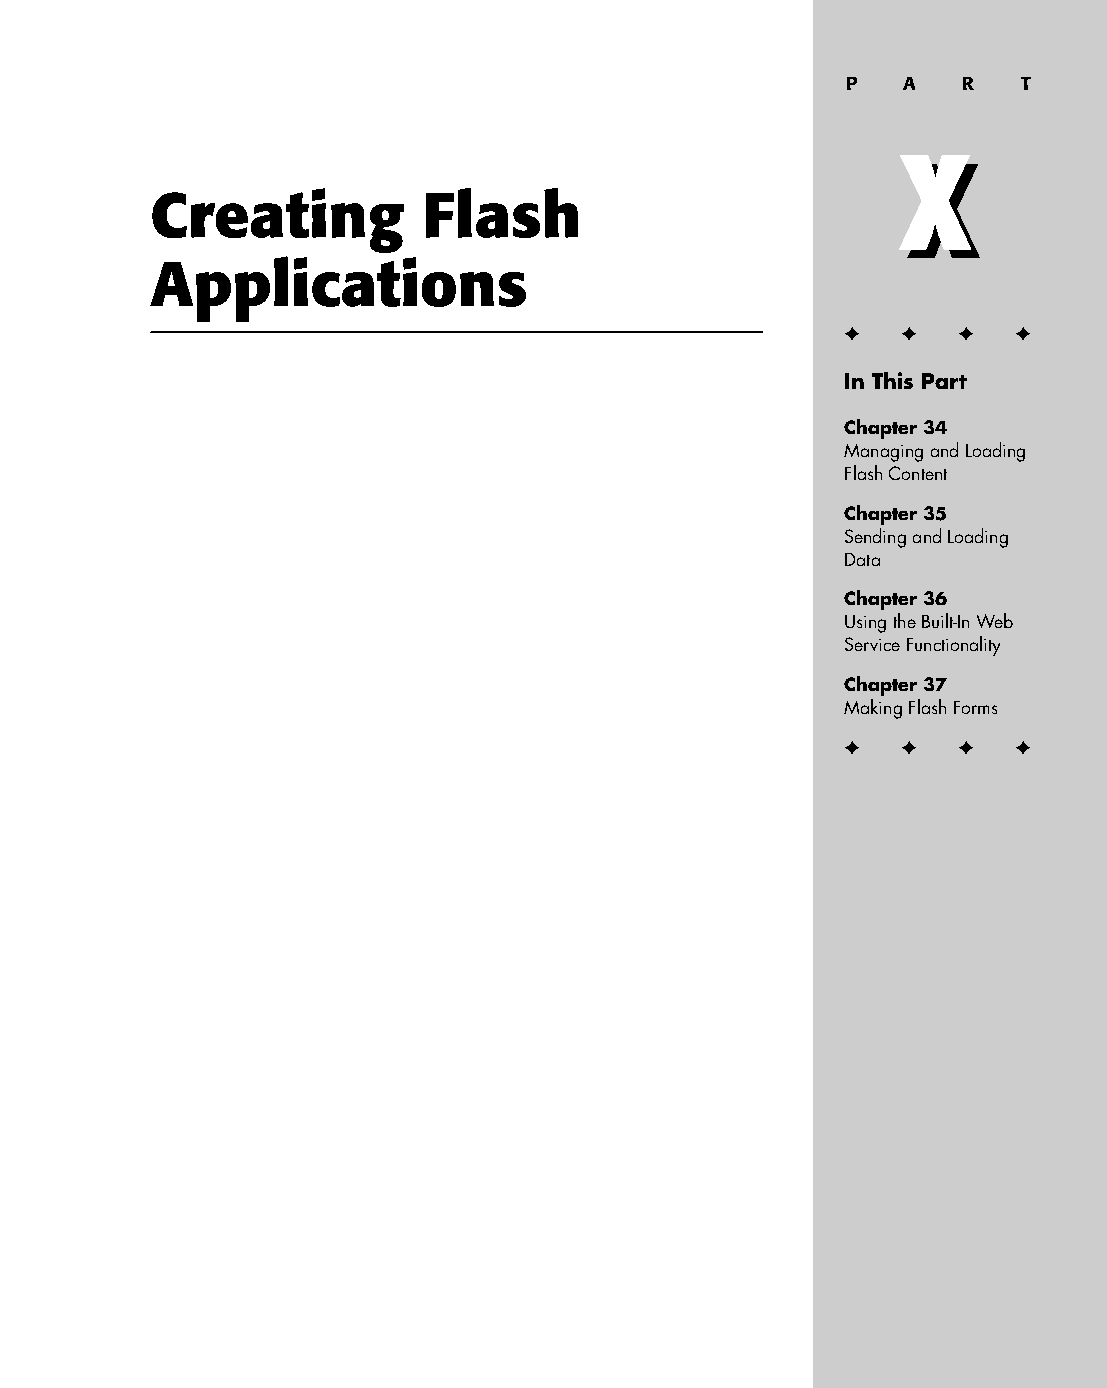
44 543547 PP10.qxd 3/24/04 4:16 PM Page 811
 P   A   R   T
 X
 X
 Creating          Flash
 Applications
 ✦  ✦ ✦  ✦
 In This Part
 Chapter 34
 Managing and Loading
 Flash Content
 Chapter 35
 Sending and Loading
 Data
 Chapter 36
 Using the Built-In Web
 Service Functionality
 Chapter 37
 Making Flash Forms
 ✦  ✦ ✦  ✦